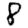
Digit: 8